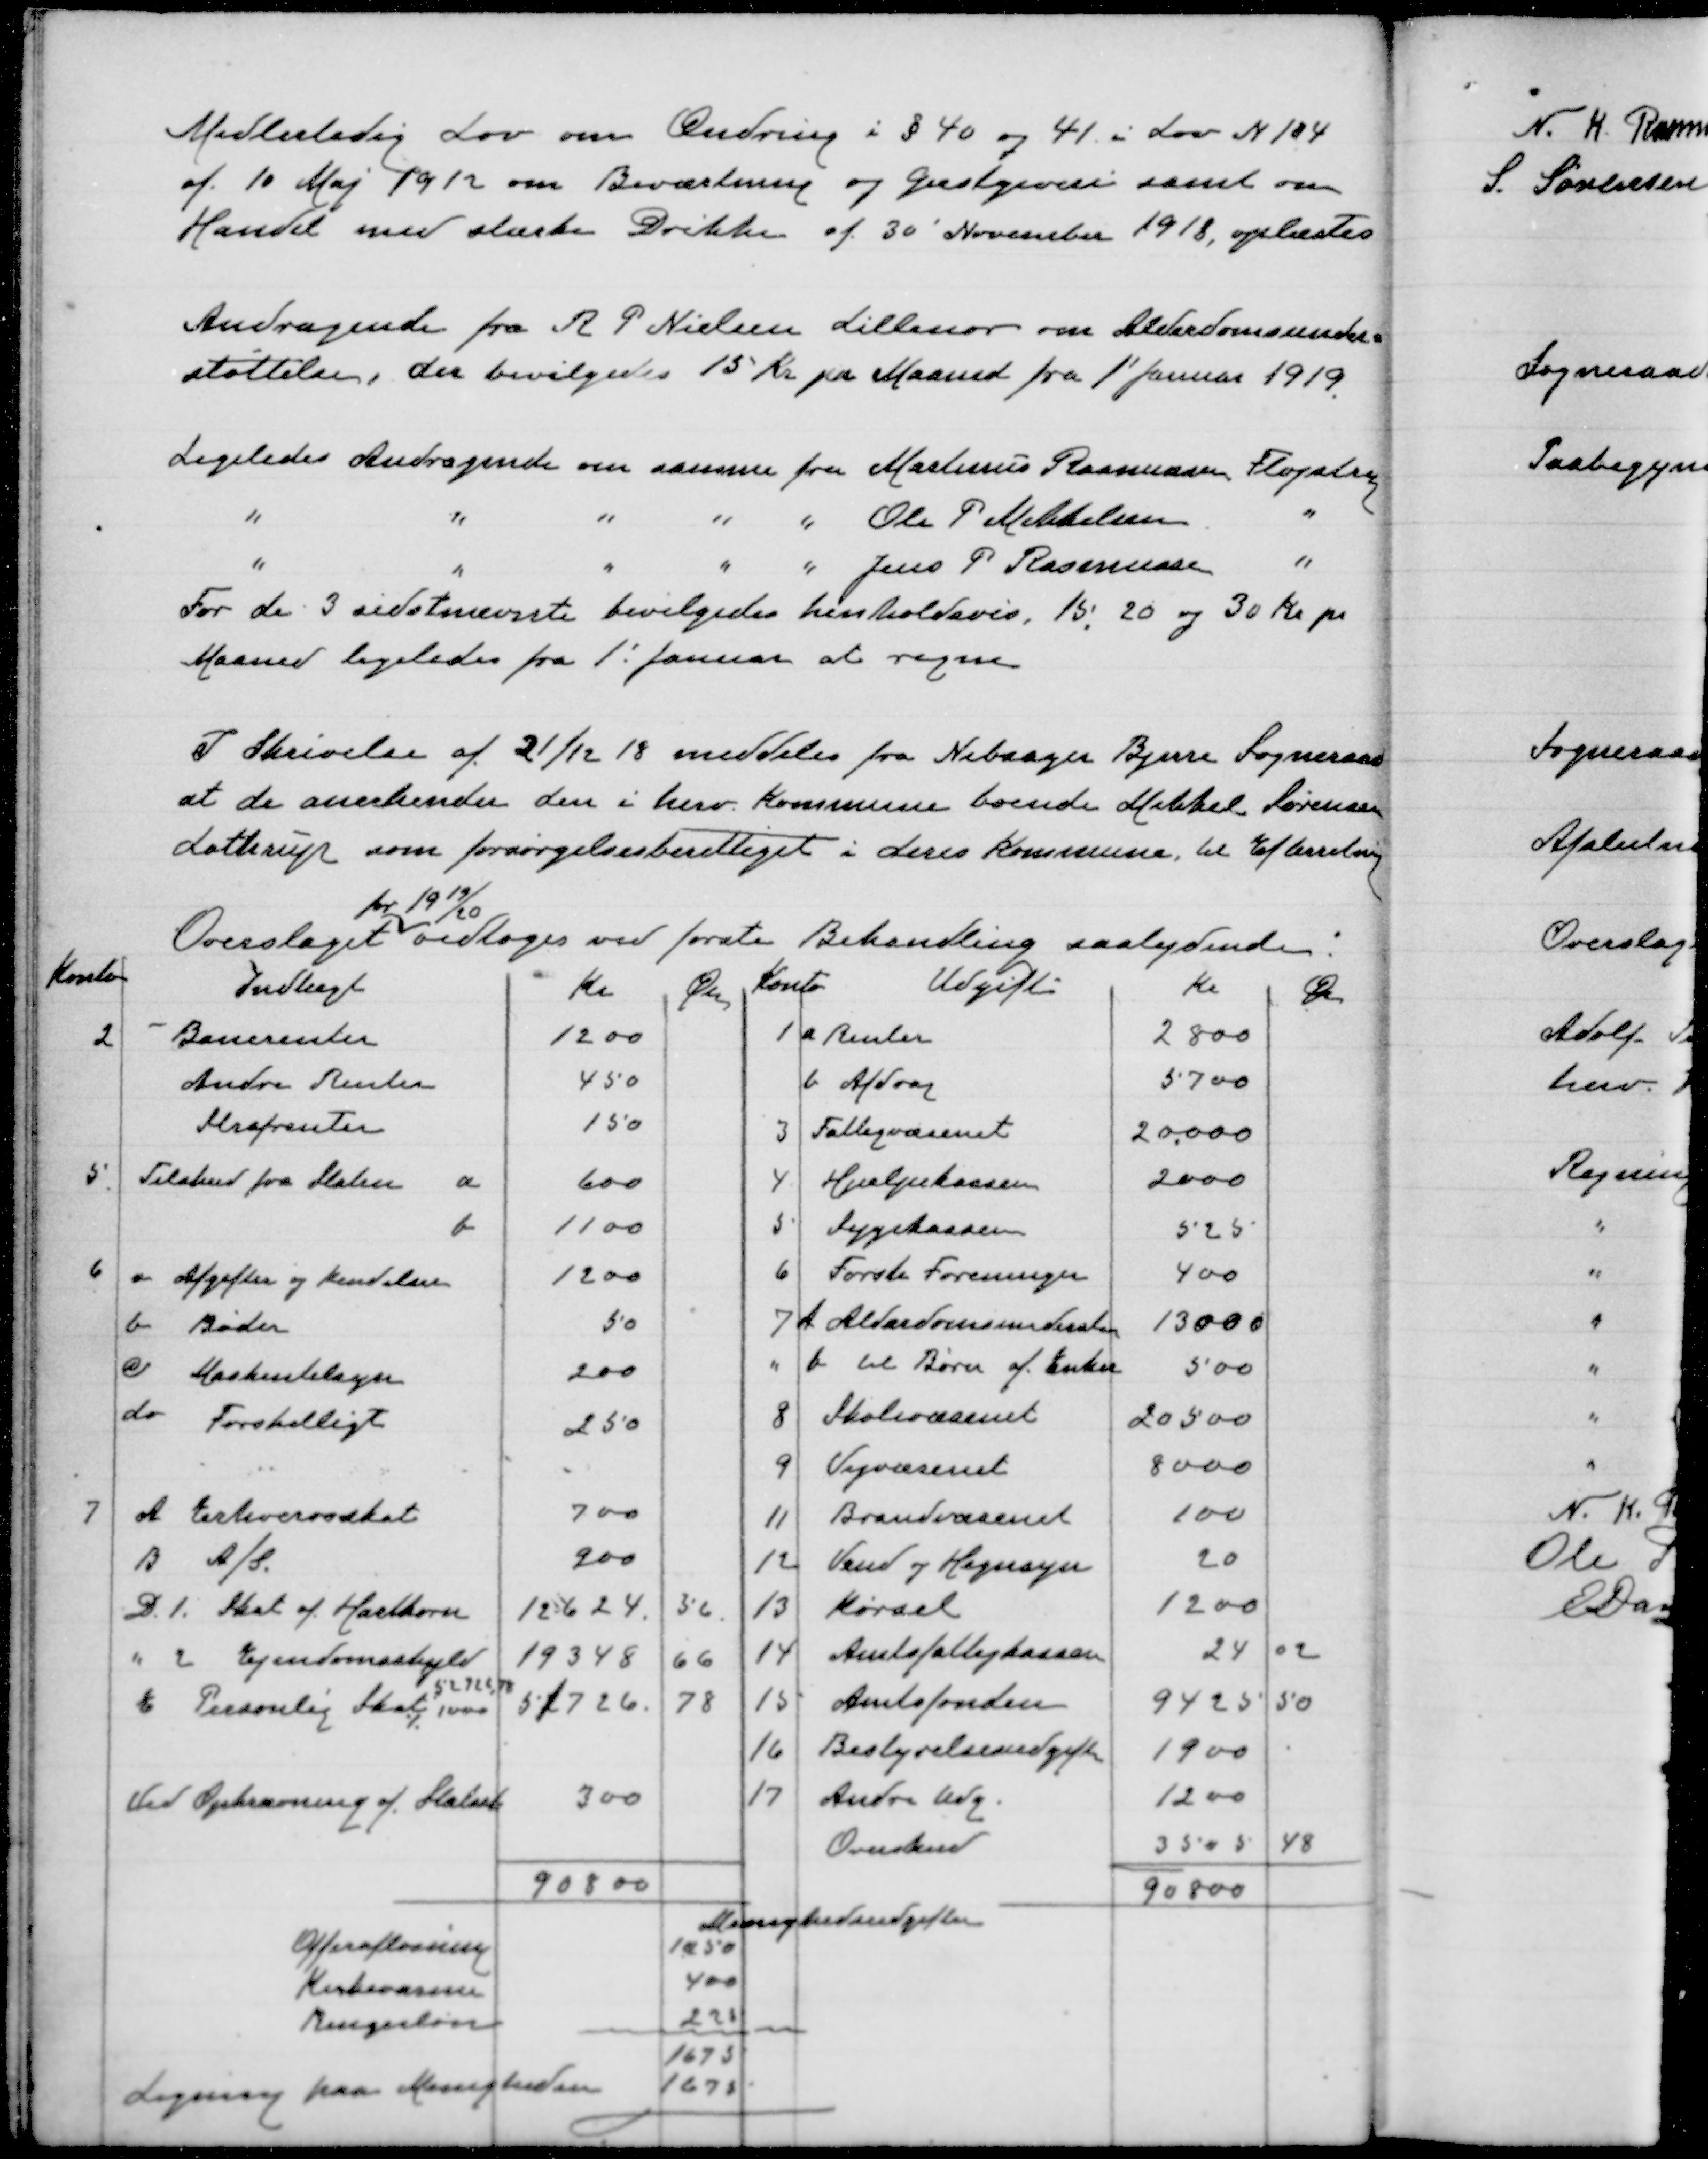
Transskription:
Midlertidig Lov om Ændring i § 40 og 41 i Lov N 104
af 10 Maj 1912 om Beværtning og gæstgiveri samt om
Handel med stærke Drikke af 30' November 1918, oplæstes

Andragende fra R P Nielsen Lillenor om Alderdomsunder=
støttelse, der bevilgedes 15 Kr pr Maaned fra 1' Januar 1919

Ligeledes Andragende om samme fra Martinus Rasmusen Fløjstrup
"
"
" " "
Ole P Mikkelsen
"
" " "
" " Jens P Rasmusen
"
For de 3 sidstnævnte bevilgedes henholdsvis, 15, 20 og 30 Kr pr
Maaned ligeledes fra 1' januar at regne

I Skrivelse af 21/12 18 meddeles fra Nebsager Bjerre Sogneraad
at de anerkender den i herv kommune boende Mikkel Sørensen
Lothrup som forsørgelsesberettiget i deres kommune. til Efterretnig

Overslaget
for 1919/20
vedtoges ved første Behandling saalydende